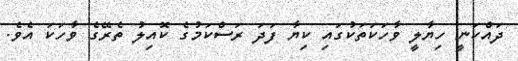
ދައްކަނީ ހިޔާލީ ވާހަކަތަކުގައި ކިޔާ ފަދަ ރަސްކަމުގެ ކޮއިލު ތެރޭގެ ވާހަކަ އެވެ.